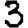
Digit: 3